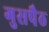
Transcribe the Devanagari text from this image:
गुसपैठ